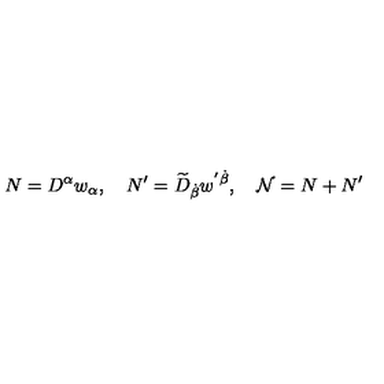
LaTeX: N = D ^ { \alpha } w _ { \alpha } , \quad N ^ { \prime } = \widetilde { D } _ { \dot { \beta } } w ^ { ' \dot { \beta } } , \quad \mathcal { N } = N + N ^ { \prime }